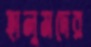
হালুমদের